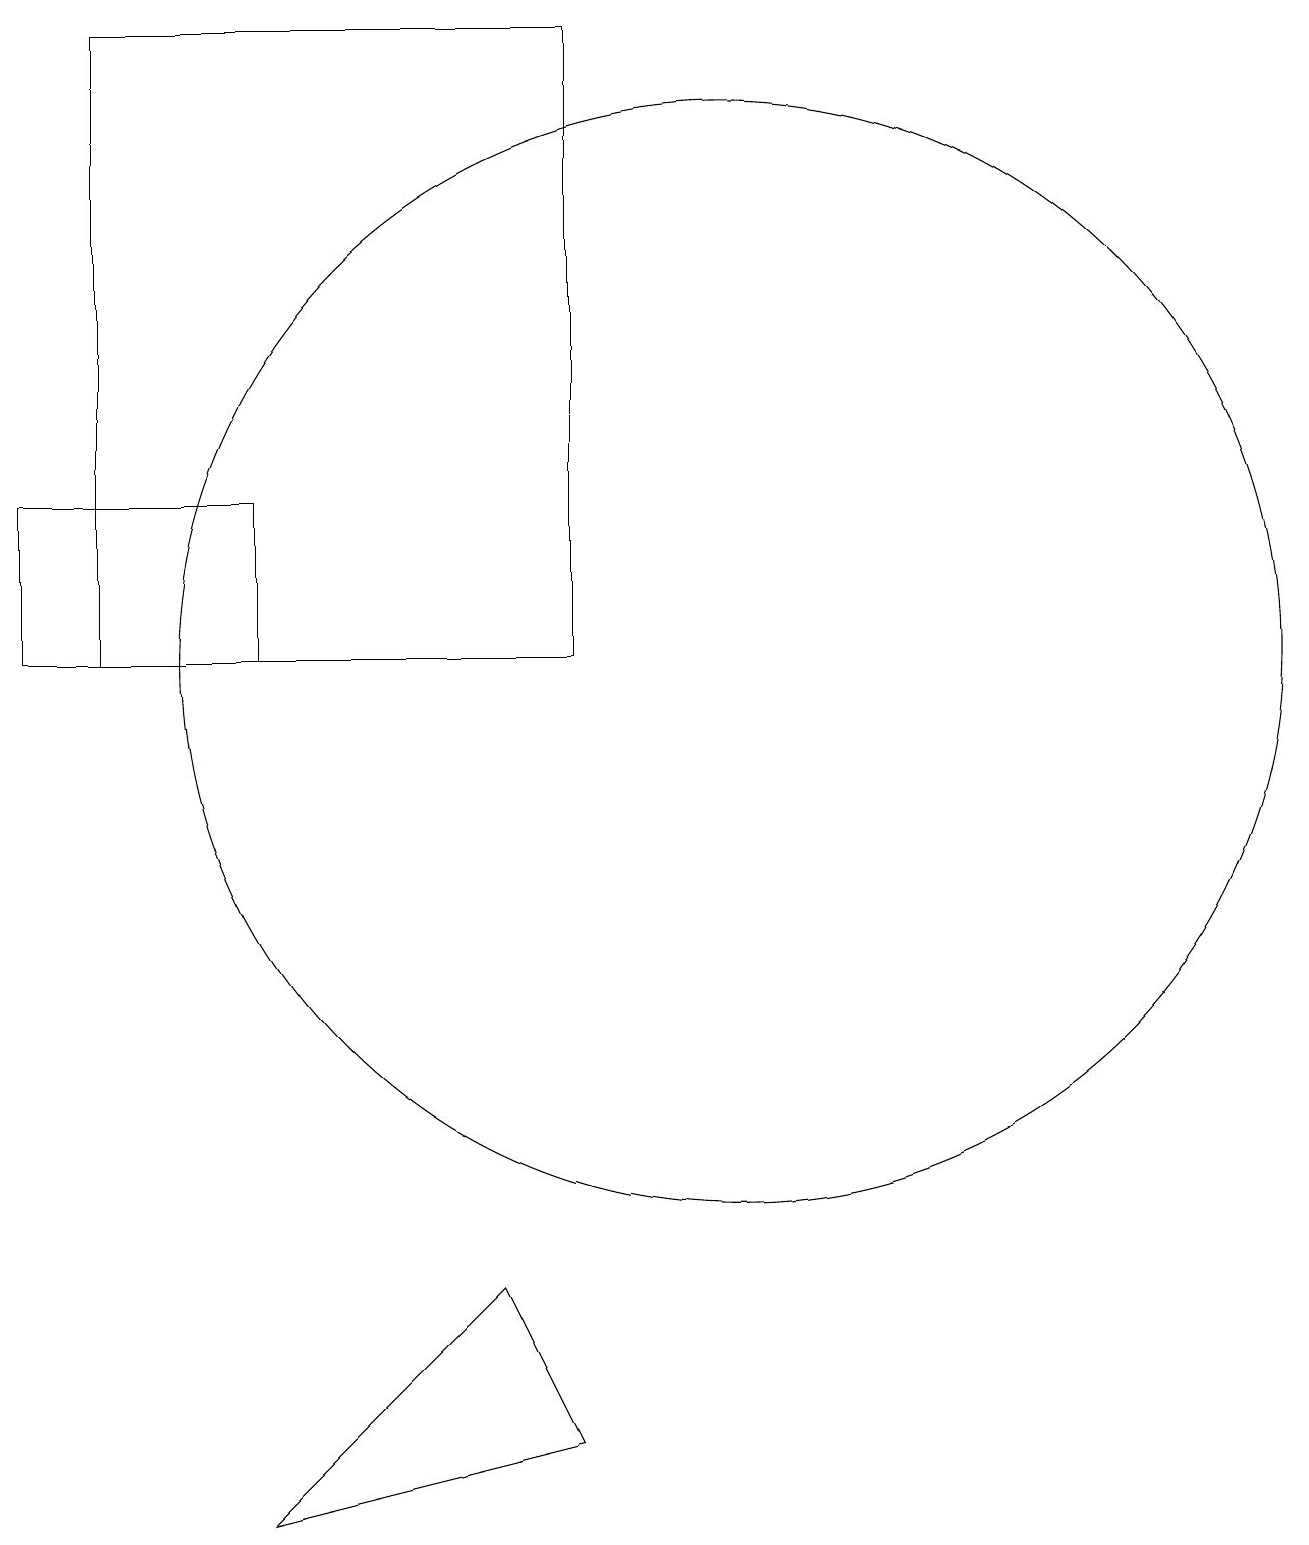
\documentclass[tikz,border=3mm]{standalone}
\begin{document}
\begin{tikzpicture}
\draw (2,11) rectangle (8,19);
\draw (10,11) circle (7);
\draw (1,11) rectangle (4,13);
\draw (7,3) -- (8,1) -- (4,0) -- cycle;
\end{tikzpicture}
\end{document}